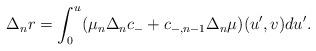
LaTeX: \begin{align*} \Delta_nr=\int_0^u(\mu_n\Delta_nc_-+c_{-,n-1}\Delta_n\mu)(u',v)du'.\end{align*}